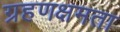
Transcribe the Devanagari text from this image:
ग्रहणक्षमता